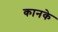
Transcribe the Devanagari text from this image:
कानके